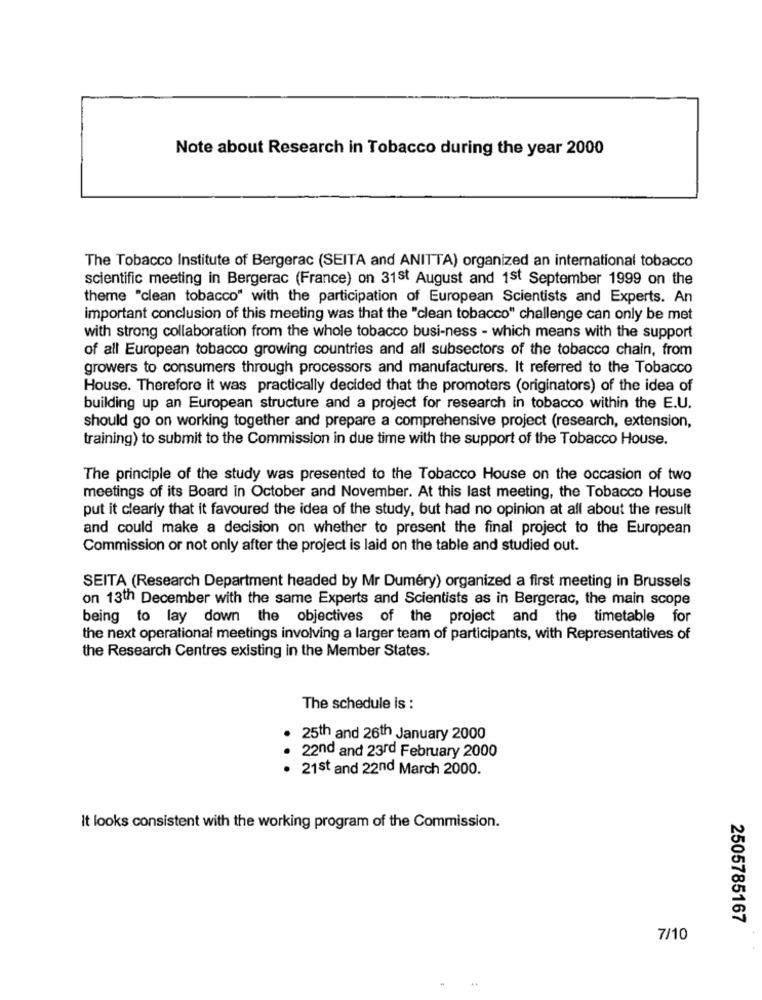
Note about Research in Tobacco during the year 2000
The Tobacco Institute of Bergerac (SEITA and ANITTA) organized an international tobacco
scientific meeting in Bergerac (France) on 31st August and 1st September 1999 on the
theme "clean tobacco" with the participation of European Scientists and Experts. An
important conclusion of this meeting was that the "clean tobacco" challenge can only be met
with strong collaboration from the whole tobacco busi-ness - which means with the support
of all European tobacco growing countries and all subsectors of the tobacco chain, from
growers to consumers through processors and manufacturers. It referred to the Tobacco
House. Therefore it was practically decided that the promoters (originators) of the idea of
building up an European structure and a project for research in tobacco within the E.U.
should go on working together and prepare a comprehensive project (research, extension,
training) to submit to the Commission in due time with the support of the Tobacco House.
The principle of the study was presented to the Tobacco House on the occasion of two
meetings of its Board in October and November. At this last meeting, the Tobacco House
put it clearly that it favoured the idea of the study, but had no opinion at all about the result
and could make a decision on whether to present the final project to the European
Commission or not only after the project is laid on the table and studied out.
SEITA (Research Department headed by Mr Duméry) organized a first meeting in Brussels
on 13th December with the same Experts and Scientists as in Bergerac, the main scope
being to lay down the objectives of the project and the timetable for
the next operational meetings involving a larger team of participants, with Representatives of
the Research Centres existing in the Member States.
The schedule is :
. 25th and 26th January 2000
22nd and 23rd February 2000
· 21st and 22nd March 2000.
. .
it looks consistent with the working program of the Commission.
2505785167
7/10